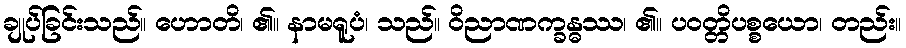
ချုပ်ခြင်းသည်။ ဟောတိ၊ ၏။ နာမရူပံ၊ သည်။ ဝိညာဏက္ခန္ဓဿ၊ ၏။ ပဝတ္တိပစ္စယော၊ တည်း။